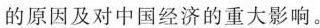
的原因及对中国经济的重大影响。